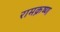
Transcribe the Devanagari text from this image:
रामक्रष्ण